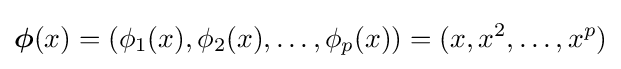
{\boldsymbol {\phi }}(x)=(\phi _{1}(x),\phi _{2}(x),\ldots ,\phi _{p}(x))=(x,x^{2},\ldots ,x^{p})